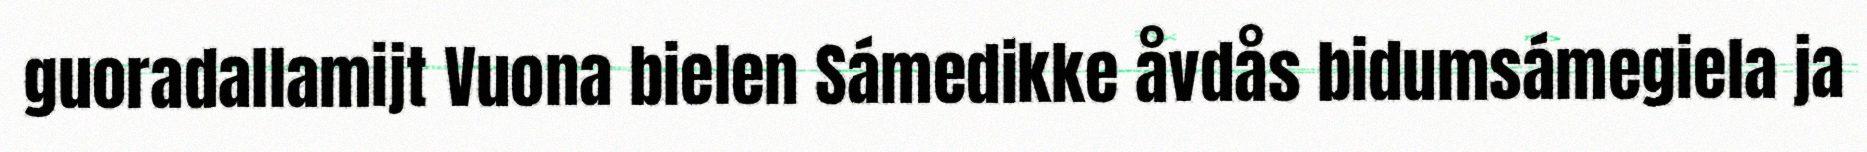
guoradallamijt Vuona bielen Sámedikke åvdås bidumsámegiela ja